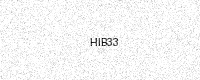
Text: HIB33